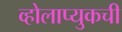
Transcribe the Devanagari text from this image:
व्होलाप्युकची